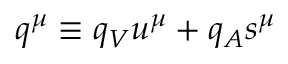
q ^ { \mu } \equiv q _ { V } u ^ { \mu } + q _ { A } s ^ { \mu }